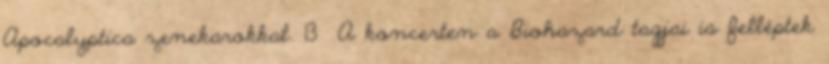
Apocalyptica zenekarokkal. 13 A koncerten a Biohazard tagjai is felléptek